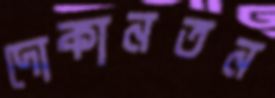
দোকানতন